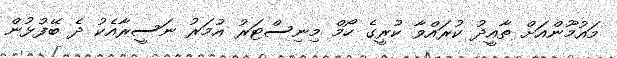
މައުމޫންއަށް ތާއީދު ކުރައްވާ ކުރީގެ ހޯމް މިނިސްޓަރު އުމަރު ނަސީރާއެކު ދެ ބޭފުޅުން